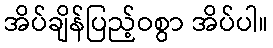
အိပ်ချိန်ပြည့်ဝစွာ အိပ်ပါ။